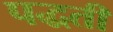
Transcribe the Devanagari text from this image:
पद्धतीं